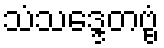
သံသဒ္ဒေတဗ္ဗံ